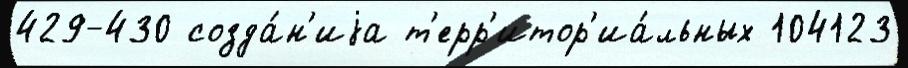
429-430 созда́н'иjа т'ерр'итор'иа́льных 104123